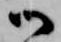
御